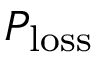
P _ { \mathrm { l o s s } }